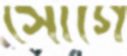
সোগে